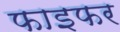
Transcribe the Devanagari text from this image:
फाइफर